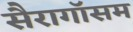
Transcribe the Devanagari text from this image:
सैरागॉसम